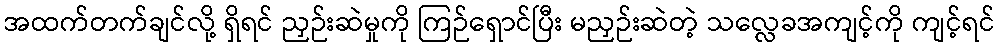
အထက်တက်ချင်လို့ ရှိရင် ညှဉ်းဆဲမှုကို ကြဉ်ရှောင်ပြီး မညှဉ်းဆဲတဲ့ သလ္လေခအကျင့်ကို ကျင့်ရင်